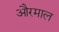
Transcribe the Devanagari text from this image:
औरमाल